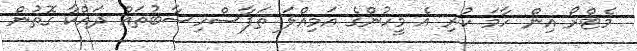
މެޓްރޯ އިން ހާމަ ކުރި އެ މީހުންގެ އަމިއްލަ ތަފާސްހިސާބުތައް ދައްކާ ގޮތުން